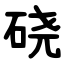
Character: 硗